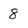
Character: 8